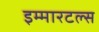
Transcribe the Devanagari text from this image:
इम्मारटल्स